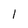
Character: 1